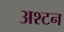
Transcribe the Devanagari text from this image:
अश्टन